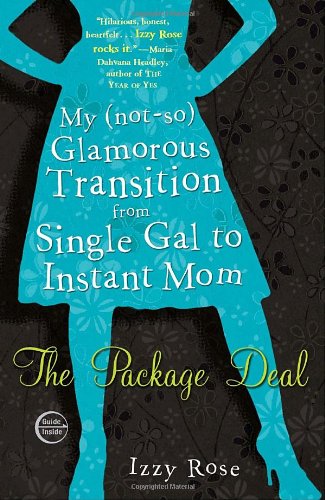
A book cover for The Package Deal: My (not-so) Glamorous Transition from Single Gal to Instant Mom; Izzy Rose; Parenting & Relationships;